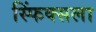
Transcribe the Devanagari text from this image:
स्फिंक्सला